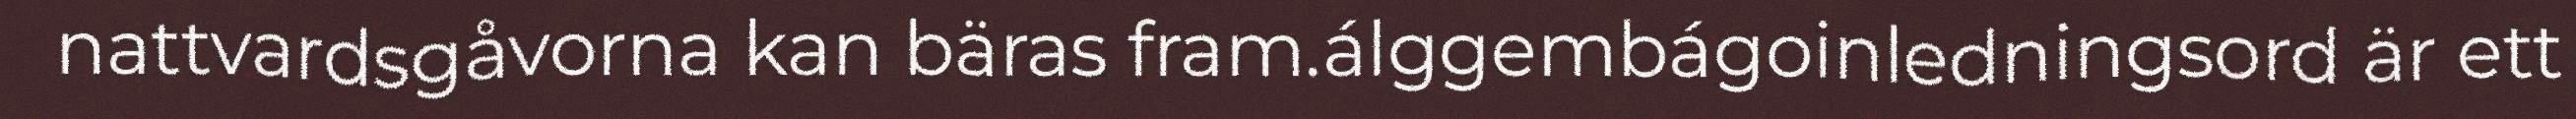
nattvardsgåvorna kan bäras fram.álggembágoinledningsord är ett